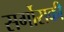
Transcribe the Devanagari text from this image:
सर्गोसकी